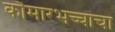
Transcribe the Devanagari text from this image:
कौमारभच्चांचा